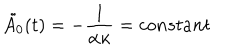
LaTeX: \tilde { A _ { 0 } } ( t ) = - \frac { 1 } { \alpha \kappa } = c o n s t a n t